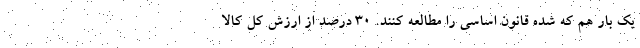
یک بار هم که شده قانون اساسی را مطالعه کنند. ۳۰ درصد از ارزش کل کالا